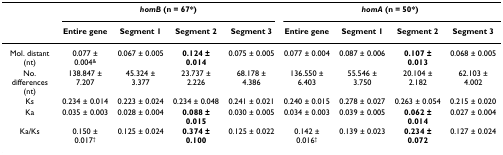
|  | <COLSPAN=4> homB (n = 67*) | <COLSPAN=4> homA (n = 50*) |
 |  | Entire gene | Segment 1 | Segment 2 | Segment 3 | Entire gene | Segment 1 | Segment 2 | Segment 3 |
 | --- | --- | --- | --- | --- | --- | --- | --- | --- |
 | Mol. distant (nt) | 0.077 ± 0.004& | 0.067 ± 0.005 | 0.124 ± 0.014 | 0.075 ± 0.005 | 0.077 ± 0.004 | 0.087 ± 0.006 | 0.107 ± 0.013 | 0.068 ± 0.005 |
 | No. differences (nt) | 138.847 ± 7.207 | 45.324 ± 3.377 | 23.737 ± 2.226 | 68.178 ± 4.386 | 136.550 ± 6.403 | 55.546 ± 3.750 | 20.104 ± 2.182 | 62.103 ± 4.002 |
 | Ks | 0.234 ± 0.014 | 0.223 ± 0.024 | 0.234 ± 0.048 | 0.241 ± 0.021 | 0.240 ± 0.015 | 0.278 ± 0.027 | 0.263 ± 0.054 | 0.215 ± 0.020 |
 | Ka | 0.035 ± 0.003 | 0.028 ± 0.004 | 0.088 ± 0.015 | 0.030 ± 0.005 | 0.034 ± 0.003 | 0.039 ± 0.005 | 0.062 ± 0.014 | 0.027 ± 0.004 |
 | Ka/Ks | 0.150 ± 0.017† | 0.125 ± 0.024 | 0.374 ± 0.100 | 0.125 ± 0.022 | 0.142 ± 0.016† | 0.139 ± 0.023 | 0.234 ± 0.072 | 0.127 ± 0.024 |